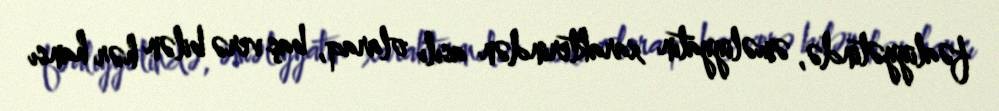
fəaliyyətində, əməliyyatın xarakterindən asılı olaraq, baş verə bilən hər hansı